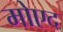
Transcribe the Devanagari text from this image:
मोएद